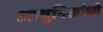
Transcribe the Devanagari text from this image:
आधुनिक्रांध्ये